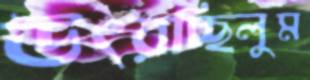
উৎরচ্ছিলুম